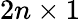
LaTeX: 2n\times 1